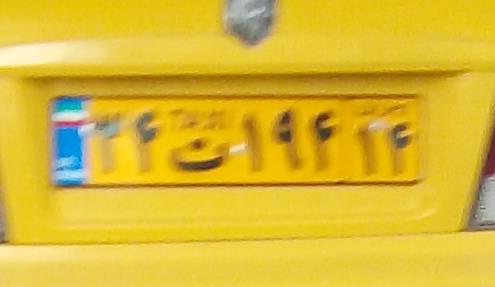
۲۴ت۱۹۴۱۴